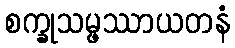
စက္ခုသမ္ဖဿာယတနံ